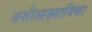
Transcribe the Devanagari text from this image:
अशीआख्यायिका